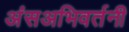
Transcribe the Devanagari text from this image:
अंसअभिवर्तनी